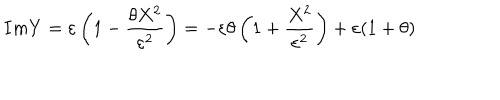
I m Y = \varepsilon \left( 1 - \frac { \theta X ^ { 2 } } { \varepsilon ^ { 2 } } \right) = - \varepsilon \theta \left( 1 + \frac { X ^ { 2 } } { \varepsilon ^ { 2 } } \right) + \varepsilon ( 1 + \theta )